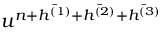
u ^ { n + \bar { h ^ { ( 1 ) } } + \bar { h ^ { ( 2 ) } } + \bar { h ^ { ( 3 ) } } }